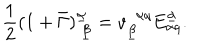
{ \frac { 1 } { 2 } } ( 1 + \bar { \Gamma } ) _ { ~ \underline { { \beta } } } ^ { \underline { { \alpha } } } = v _ { \underline { { \beta } } } ^ { ~ ~ \alpha q } E _ { \alpha q } ^ { \underline { { \alpha } } } .